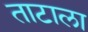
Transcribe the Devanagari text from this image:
ताटाला